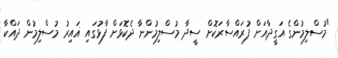
"މުސްލިމުންގެ އަގީދާއަށް ފުރައްސާރަކޮށް ސީދާ މުސްލިމުންނާ ދެކޮޅަށް ފާޅުގައި ޣައިރު މުސްލިމުން ދައްކާ